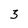
Character: 3